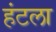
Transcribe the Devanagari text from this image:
हंटला